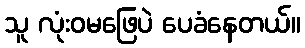
သူ လုံးဝမဖြေပဲ ပေခံနေတယ်။